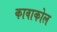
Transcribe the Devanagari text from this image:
कावाकोल